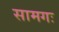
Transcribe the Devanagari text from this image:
सामगः